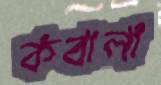
কবালা